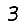
Digit: 3